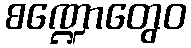
စဏ္ဍောတွေဝ